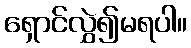
ရှောင်လွှဲ၍မရပါ။